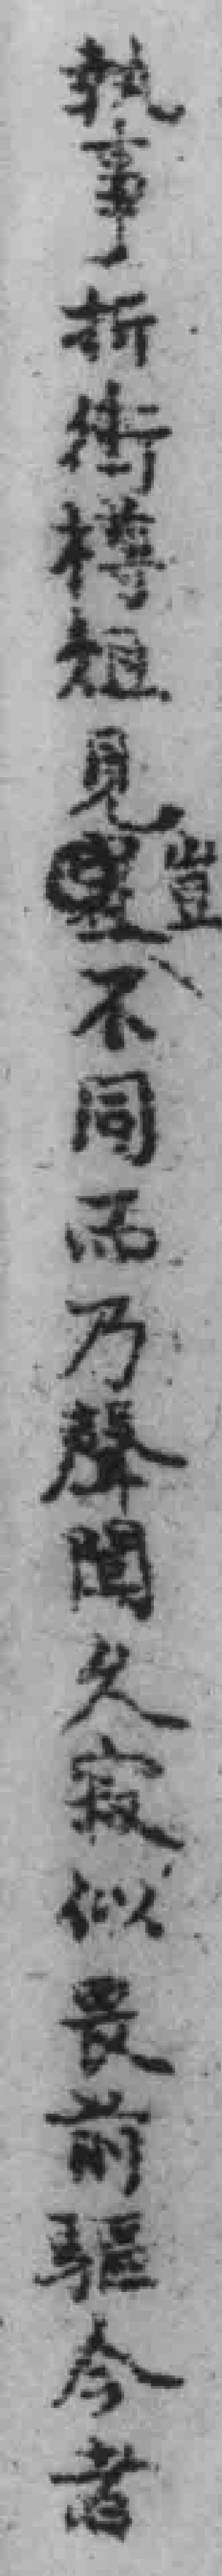
執事折街樽俎見豈不同而乃聲聞久寂似畏前驅今者